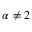
\alpha \neq 2